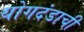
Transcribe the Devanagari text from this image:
योगदंडाची